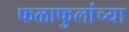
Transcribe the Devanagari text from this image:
फळाफुलांच्या